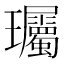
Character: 𬎠